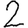
Digit: 2